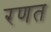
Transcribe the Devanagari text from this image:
रणत